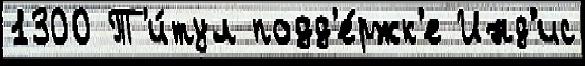
1300 Т'и́тул подд'е́ржк'е Инд'ис